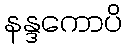
နန္ဒကောပိ